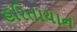
હરિતાયાન